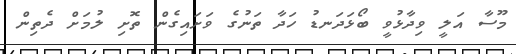
މޫސާ އަލީ ވިދާޅުވީ ބޯޅަދަނޑު ހަދާ ތަނުގެ ވަށައިގެން ތޮށި ލުމަށް ދެތިން